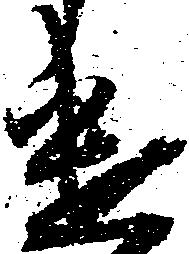
遣